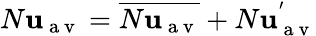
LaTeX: N\mathbf{u}_{\mathrm{{~a~v~}}}=\overline{{{N\mathbf{u}_{\mathrm{{~a~v~}}}}}}+N\mathbf{u}_{\mathrm{{~a~v~}}}^{'}